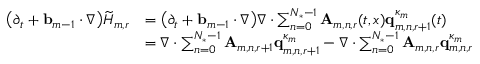
\begin{array} { r l } { \bigl ( \partial _ { t } + \ensuremath { \mathbf { b } } _ { m - 1 } \cdot \nabla \bigr ) \widetilde { H } _ { m , r } } & { = \bigl ( \partial _ { t } + \ensuremath { \mathbf { b } } _ { m - 1 } \cdot \nabla \bigr ) \nabla \cdot \sum _ { n = 0 } ^ { N _ { * } - 1 } \mathbf { A } _ { m , n , r } ( t , x ) \mathbf { q } _ { m , n , r + 1 } ^ { \kappa _ { m } } ( t ) } \\ & { = \nabla \cdot \sum _ { n = 0 } ^ { N _ { * } - 1 } \mathbf { A } _ { m , n , r + 1 } \mathbf { q } _ { m , n , r + 1 } ^ { \kappa _ { m } } - \nabla \cdot \sum _ { n = 0 } ^ { N _ { * } - 1 } \mathbf { A } _ { m , n , r } \mathbf { q } _ { m , n , r } ^ { \kappa _ { m } } } \end{array}